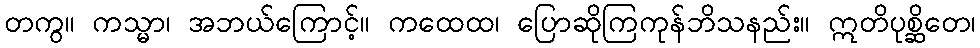
တကွ။ ကသ္မာ၊ အဘယ်ကြောင့်။ ကထေထ၊ ပြောဆိုကြကုန်ဘိသနည်း။ ဣတိပုစ္ဆိတေ၊